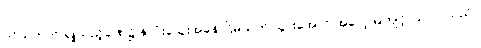
ဝင်သက်ကို ရှူသည့်ခဏ၌ နှလုံးသွေးအခုန် ငြိမ်သက် သွားအောင် အလေ့အကျင့် ပြုလုပ်သည်။